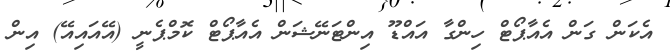
އެކަން ގަން އެއާޕޯޓް ހިންގާ އައްޑޫ އިންޓަނޭޝަން އެއާޕޯޓް ކޮމްޕެނީ (އޭއައިއޭ) އިން